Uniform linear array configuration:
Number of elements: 48
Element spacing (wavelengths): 0.25
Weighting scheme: exponential
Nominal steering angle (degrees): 45
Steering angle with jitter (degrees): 44.744
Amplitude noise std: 0.05
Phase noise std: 0.05

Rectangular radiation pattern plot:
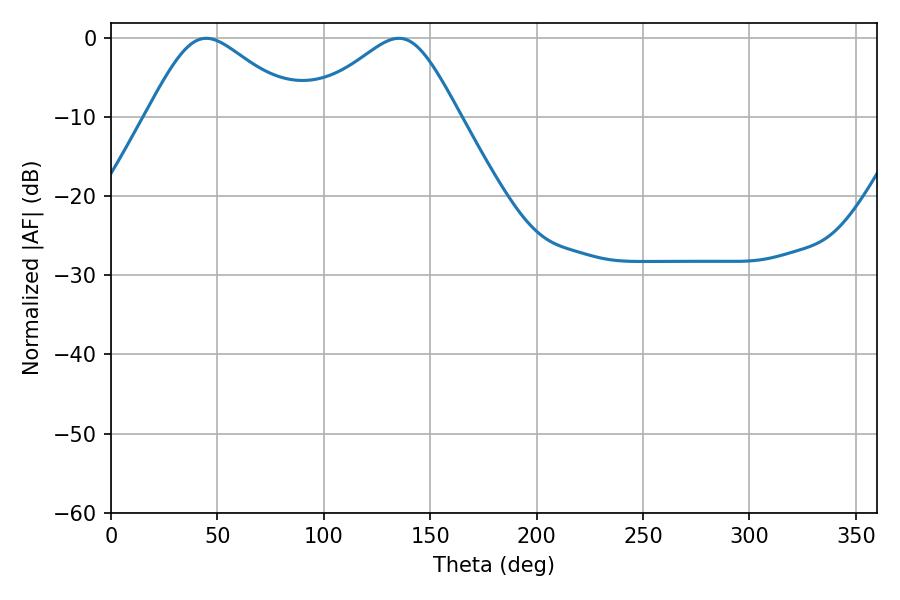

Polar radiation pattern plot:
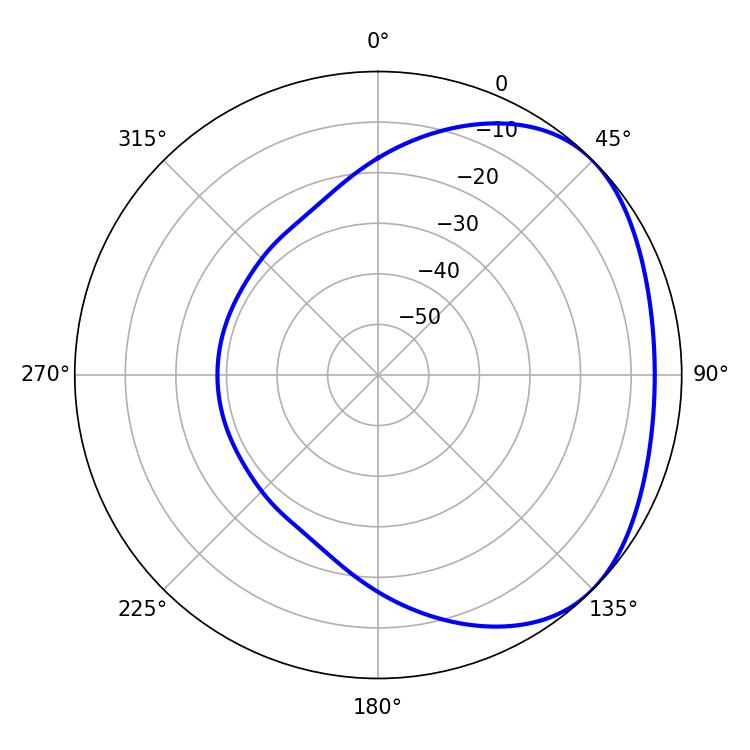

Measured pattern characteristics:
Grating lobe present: FALSE
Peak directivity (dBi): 2.772
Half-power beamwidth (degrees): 35.46
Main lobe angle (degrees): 44.82